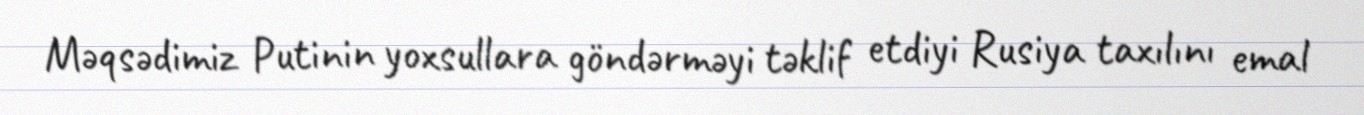
Məqsədimiz Putinin yoxsullara göndərməyi təklif etdiyi Rusiya taxılını emal